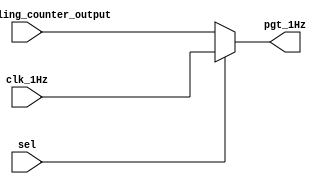
module mux(
  input wire sel,
  input wire non_recycling_counter_output,
  input wire clk_1Hz,
  output reg pgt_1Hz
);

  always @* begin
    pgt_1Hz = (sel == 0) ? non_recycling_counter_output : clk_1Hz;
  end

endmodule